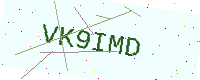
Text: VK9IMD